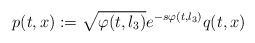
\begin{align*}p(t,x):= \sqrt{\varphi (t,l_3)} e^{-s\varphi (t,l_3)} q(t,x)\end{align*}